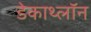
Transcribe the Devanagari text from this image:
डेकाथ्लॉन